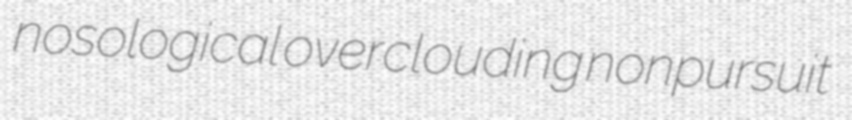
nosological overclouding nonpursuit